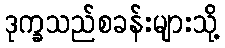
ဒုက္ခသည်စခန်းများသို့